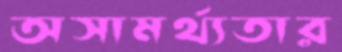
অসামর্থ্যতার